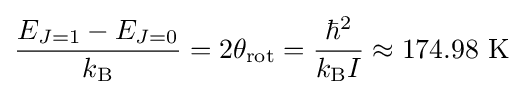
{\frac {E_{J=1}-E_{J=0}}{k_{\text{B}}}}=2\theta _{\text{rot}}={\frac {\hbar ^{2}}{k_{\text{B}}I}}\approx 174.98{\text{ K}}